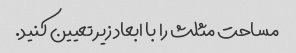
مساحت مثلث را با ابعاد زیر تعیین کنید.